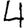
Digit: 4